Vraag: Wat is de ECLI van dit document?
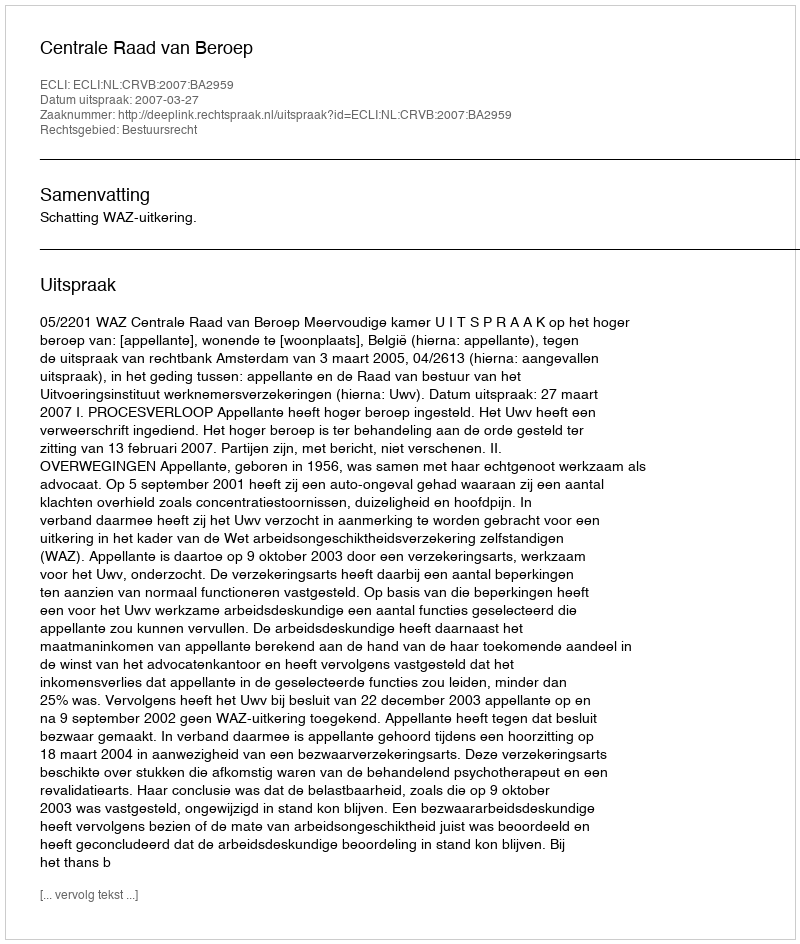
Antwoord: ECLI:NL:CRVB:2007:BA2959